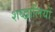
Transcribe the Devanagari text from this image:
शब्द्वालियों